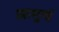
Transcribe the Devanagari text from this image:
आमुचं